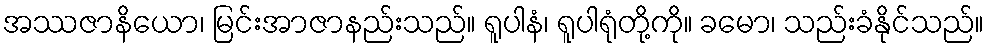
အဿဇာနိယော၊ မြင်းအာဇာနည်းသည်။ ရူပါနံ၊ ရူပါရုံတို့ကို။ ခမော၊ သည်းခံနိုင်သည်။